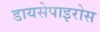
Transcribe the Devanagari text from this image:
डायसेपाइरोस